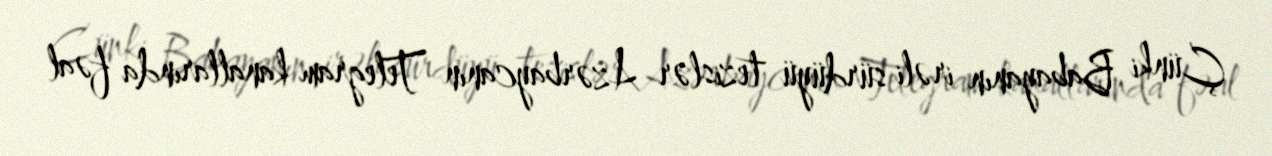
Çünki Babayanın irəli sürdüyü tezislər Azərbaycanın Telegram kanallarında fəal